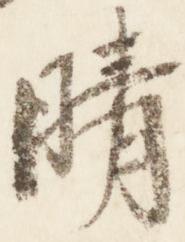
晴